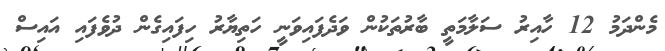
މެންދަމު 12 ހާއިރު ސަލާމަތީ ބާރުތަކުން ވަދެފައިވަނީ ހަތިޔާރު ހިފައިގެން ދުވެފައި އައިސް